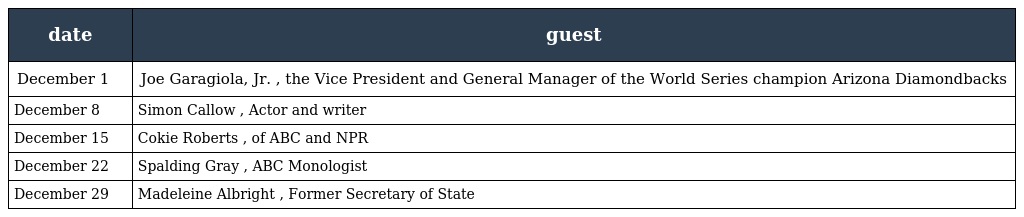
| date | guest |
 | --- | --- |
 | December 1 | Joe Garagiola, Jr. , the Vice President and General Manager of the World Series champion Arizona Diamondbacks |
 | December 8 | Simon Callow , Actor and writer |
 | December 15 | Cokie Roberts , of ABC and NPR |
 | December 22 | Spalding Gray , ABC Monologist |
 | December 29 | Madeleine Albright , Former Secretary of State |